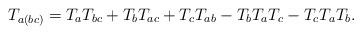
LaTeX: \begin{align*}T_{a(bc)} = T_aT_{bc} + T_bT_{ac} + T_cT_{ab} - T_bT_aT_c - T_cT_aT_b.\end{align*}